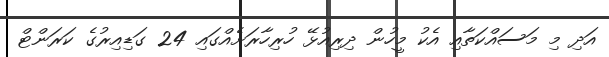
އަދި މި މަސައްކަތާއި އެކު މީހުން ދިރިއުޅޭ ހުރިހާރަށެއްގައި 24 ގަޑިއިރުގެ ކަރަންޓް